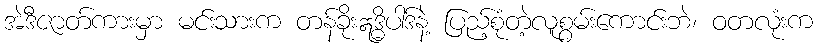
အဲဒီဇာတ်ကားမှာ မင်းသားက တန်ခိုးဣဒ္ဓိပါဒ်နဲ့ ပြည့်စုံတဲ့လူစွမ်းကောင်းဘဲ၊ ဝတလုံးက